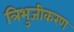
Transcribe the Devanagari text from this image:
त्रिभुजीकरण